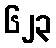
၆၂၃